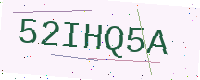
Text: 52IHQ5A